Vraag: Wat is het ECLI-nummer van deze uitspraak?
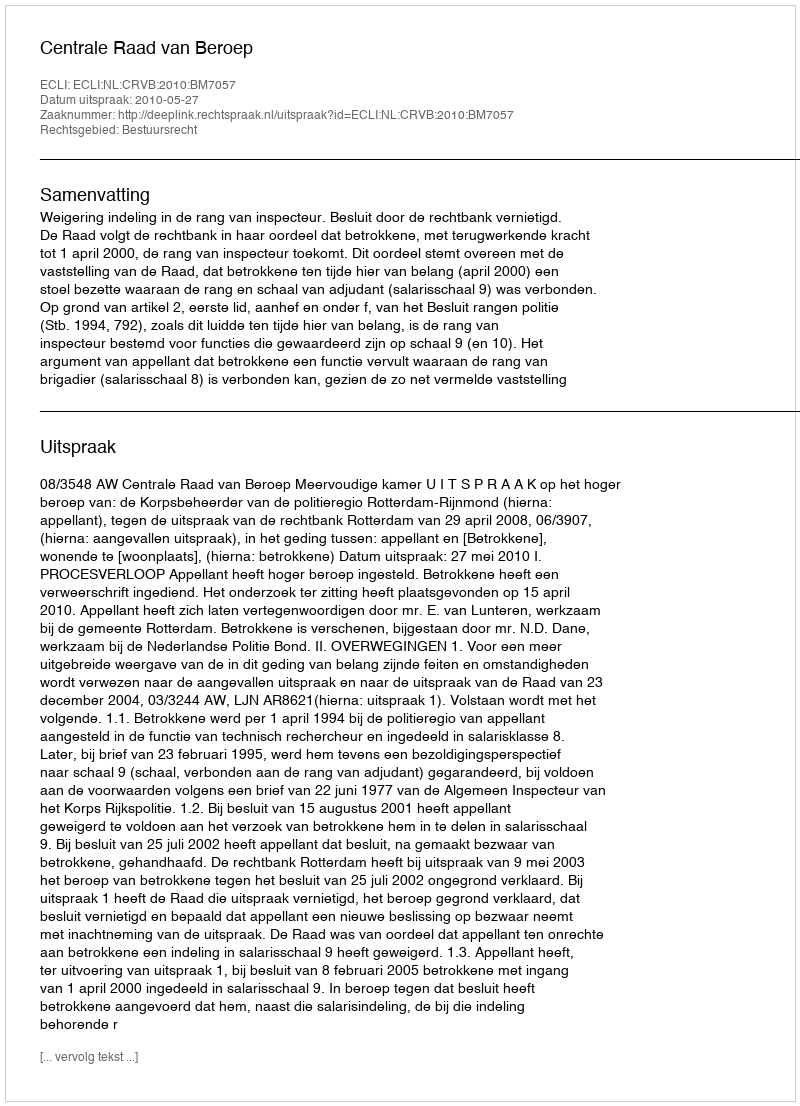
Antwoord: ECLI:NL:CRVB:2010:BM7057